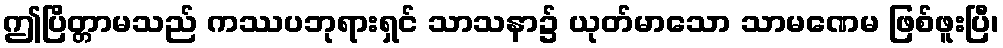
ဤပြိတ္တာမသည် ကဿပဘုရားရှင် သာသနာ၌ ယုတ်မာသော သာမဏေမ ဖြစ်ဖူးပြီ၊